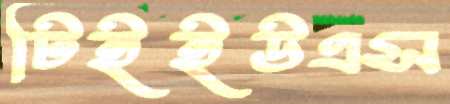
টিইইউএস